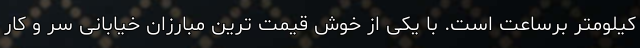
کیلومتر برساعت است. با یکی از خوش قیمت ترین مبارزان خیابانی سر و کار